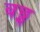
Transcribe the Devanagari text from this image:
बछ्स